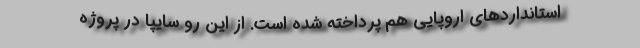
استانداردهای اروپایی هم پرداخته شده است. از اين رو سایپا در پروژه